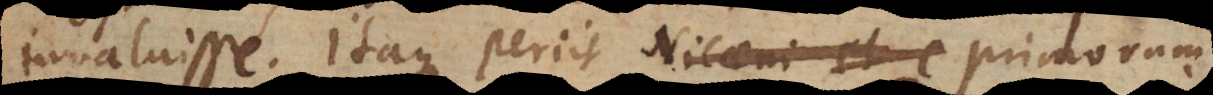
invaluisse. Itaque periit Nicaeni et c primorum